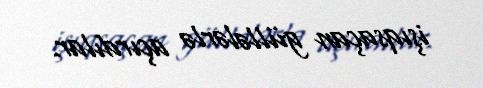
işıqsaçan güllələrlə açırdılar.